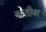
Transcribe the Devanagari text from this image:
बस्तीवर